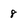
Character: 8